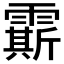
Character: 𩅰